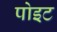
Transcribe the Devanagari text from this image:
पोइट